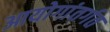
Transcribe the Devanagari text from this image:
आयोगांतर्गत